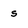
Character: s